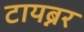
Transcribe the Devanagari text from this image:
टायब्नर